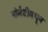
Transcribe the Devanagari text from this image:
नोर्मंडीमधून